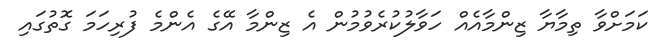
ކަމަށްވާ ތިމާޔާ ޒިންމާއެއް ހަވާލުކުރެވުމުން އެ ޒިންމާ އޭގެ އެންމެ ފުރިހަމަ ގޮތުގައި